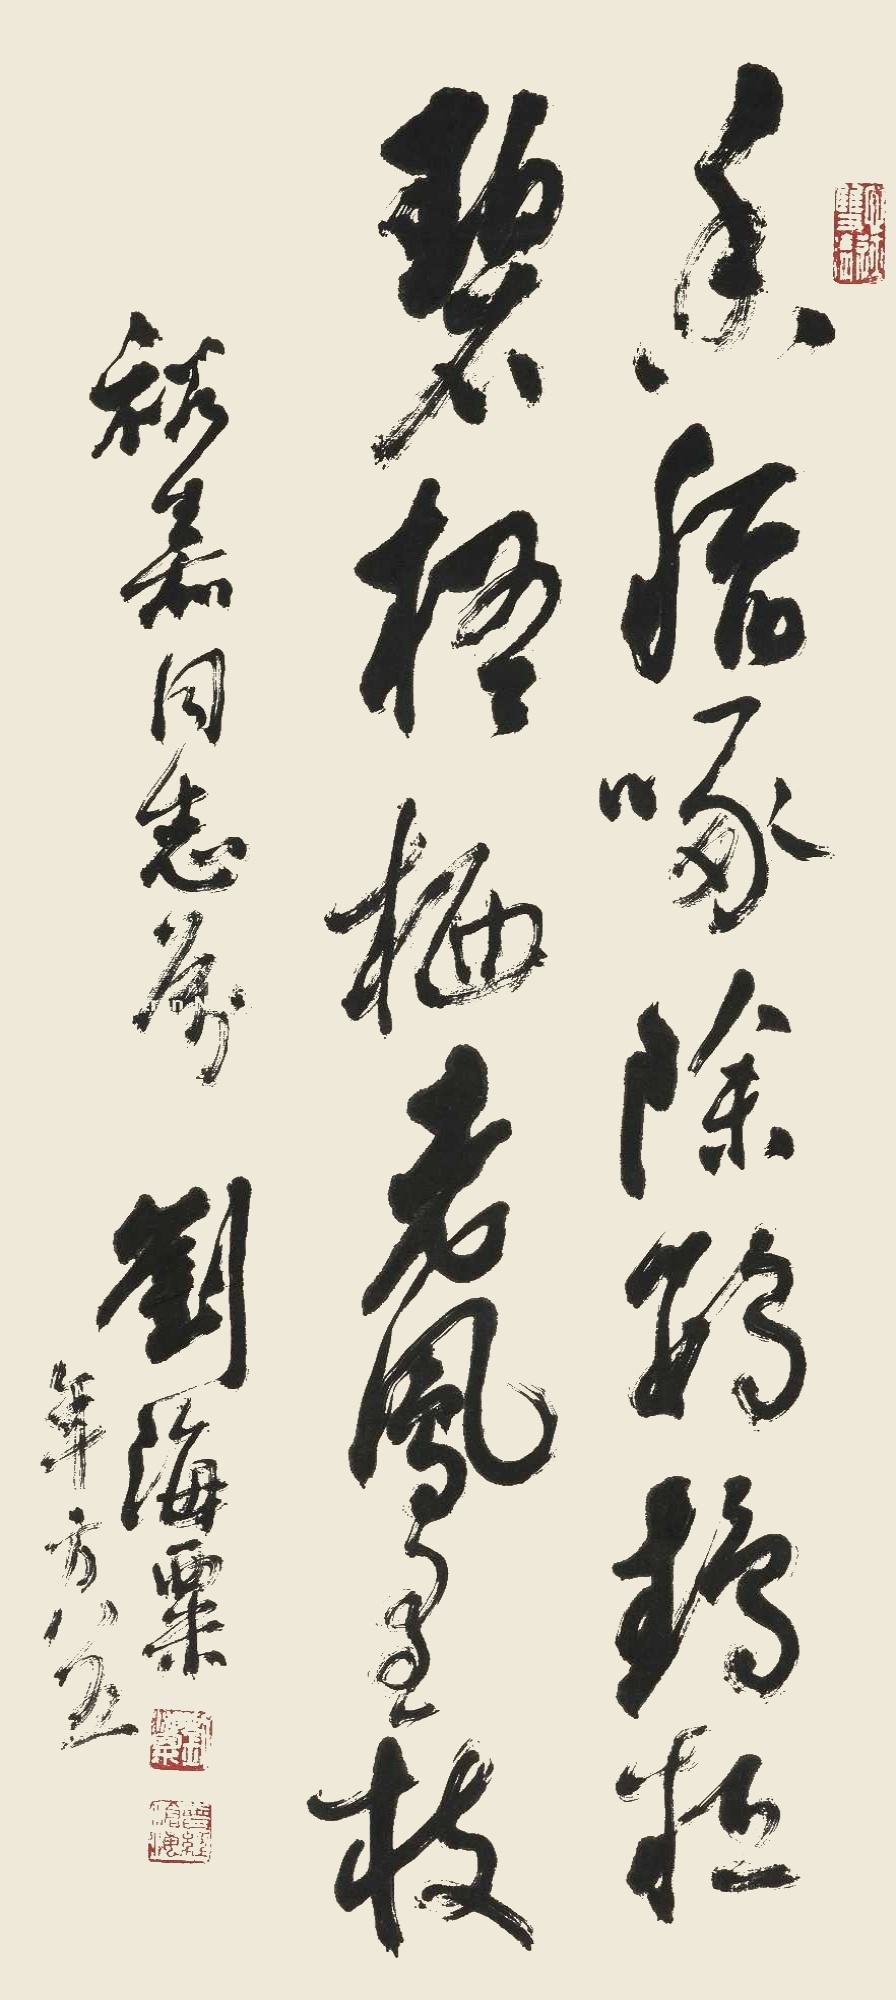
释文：香稻啄余鹦鹉粒，碧梧栖老凤凰枝。裕嘉同志属，刘海粟年方八五。